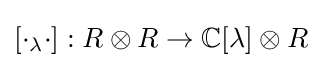
[\cdot _{\lambda }\cdot ]:R\otimes R\rightarrow \mathbb {C} [\lambda ]\otimes R